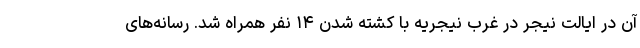
آن در ایالت نیجر در غرب نیجریه با کشته شدن ۱۴ نفر همراه شد. رسانه‌های